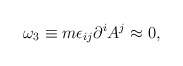
\begin{align*}\omega_3 \equiv m \epsilon_{ij} \partial^i A^j \approx 0,\end{align*}